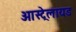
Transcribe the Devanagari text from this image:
आस्ट्रेलायड